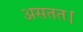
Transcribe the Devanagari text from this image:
असतत।